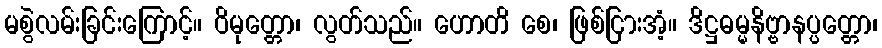
မစွဲလမ်းခြင်းကြောင့်။ ဝိမုတ္တော၊ လွတ်သည်။ ဟောတိ စေ၊ ဖြစ်ငြားအံ့။ ဒိဋ္ဌဓမ္မနိဗ္ဗာနပ္ပတ္တော၊